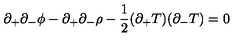
\partial _ { + } \partial _ { - } \phi - \partial _ { + } \partial _ { - } \rho - \frac { 1 } { 2 } ( \partial _ { + } T ) ( \partial _ { - } T ) = 0